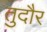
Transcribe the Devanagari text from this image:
तुदौर